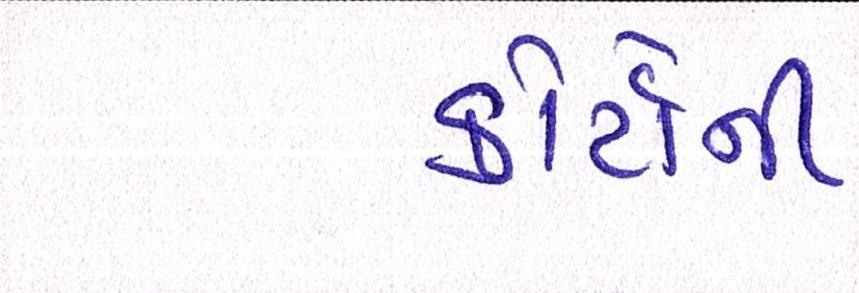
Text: કોર્ટોની